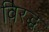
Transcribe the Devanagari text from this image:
विरद्ध